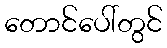
တောင်ပေါ်တွင်